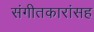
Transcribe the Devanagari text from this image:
संगीतकारांसह